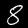
Label: 8